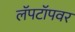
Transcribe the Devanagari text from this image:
लॅपटॉपवर